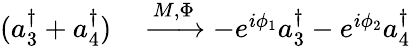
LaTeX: \begin{array}{rl}{(a_{3}^{\dagger}+a_{4}^{\dagger})}&{{}\xrightarrow{M,\Phi}-e^{i\phi_{1}}a_{3}^{\dagger}-e^{i\phi_{2}}a_{4}^{\dagger}}\end{array}